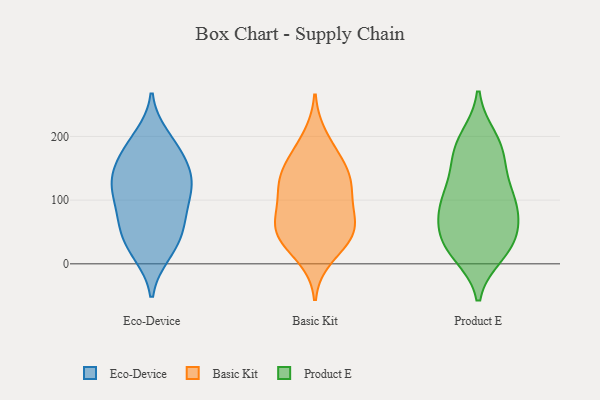
{"axis": {"x": "Bounce Rate (%)", "y": "Value"}, "legend": ["Basic Kit", "Eco-Device", "Product E"], "data": [{"x": "", "y": 61, "type": "Eco-Device"}, {"x": "", "y": 92, "type": "Eco-Device"}, {"x": "", "y": 17, "type": "Eco-Device"}, {"x": "", "y": 53, "type": "Eco-Device"}, {"x": "", "y": 115, "type": "Eco-Device"}, {"x": "", "y": 137, "type": "Eco-Device"}, {"x": "", "y": 148, "type": "Eco-Device"}, {"x": "", "y": 190, "type": "Eco-Device"}, {"x": "", "y": 33, "type": "Eco-Device"}, {"x": "", "y": 126, "type": "Eco-Device"}, {"x": "", "y": 58, "type": "Eco-Device"}, {"x": "", "y": 115, "type": "Eco-Device"}, {"x": "", "y": 116, "type": "Eco-Device"}, {"x": "", "y": 179, "type": "Eco-Device"}, {"x": "", "y": 147, "type": "Eco-Device"}, {"x": "", "y": 167, "type": "Eco-Device"}, {"x": "", "y": 200, "type": "Eco-Device"}, {"x": "", "y": 16, "type": "Eco-Device"}, {"x": "", "y": 77, "type": "Eco-Device"}, {"x": "", "y": 133, "type": "Basic Kit"}, {"x": "", "y": 143, "type": "Basic Kit"}, {"x": "", "y": 68, "type": "Basic Kit"}, {"x": "", "y": 158, "type": "Basic Kit"}, {"x": "", "y": 170, "type": "Basic Kit"}, {"x": "", "y": 80, "type": "Basic Kit"}, {"x": "", "y": 108, "type": "Basic Kit"}, {"x": "", "y": 41, "type": "Basic Kit"}, {"x": "", "y": 199, "type": "Basic Kit"}, {"x": "", "y": 10, "type": "Basic Kit"}, {"x": "", "y": 36, "type": "Basic Kit"}, {"x": "", "y": 48, "type": "Basic Kit"}, {"x": "", "y": 66, "type": "Basic Kit"}, {"x": "", "y": 120, "type": "Basic Kit"}, {"x": "", "y": 120, "type": "Basic Kit"}, {"x": "", "y": 49, "type": "Basic Kit"}, {"x": "", "y": 95, "type": "Product E"}, {"x": "", "y": 197, "type": "Product E"}, {"x": "", "y": 80, "type": "Product E"}, {"x": "", "y": 40, "type": "Product E"}, {"x": "", "y": 182, "type": "Product E"}, {"x": "", "y": 39, "type": "Product E"}, {"x": "", "y": 24, "type": "Product E"}, {"x": "", "y": 99, "type": "Product E"}, {"x": "", "y": 161, "type": "Product E"}, {"x": "", "y": 188, "type": "Product E"}, {"x": "", "y": 113, "type": "Product E"}, {"x": "", "y": 52, "type": "Product E"}, {"x": "", "y": 150, "type": "Product E"}, {"x": "", "y": 104, "type": "Product E"}, {"x": "", "y": 16, "type": "Product E"}, {"x": "", "y": 77, "type": "Product E"}, {"x": "", "y": 21, "type": "Product E"}]}